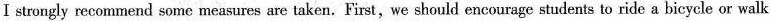
Istrongly recommend some measures are taken.First,we should encourage students to ride a bicycle or walk